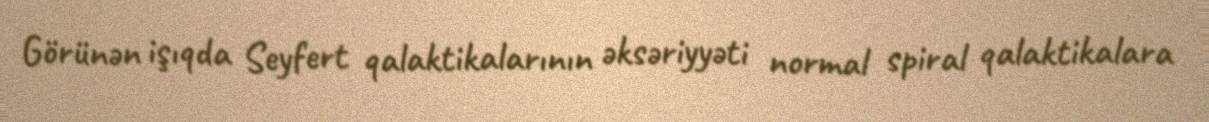
Görünən işıqda Seyfert qalaktikalarının əksəriyyəti normal spiral qalaktikalara